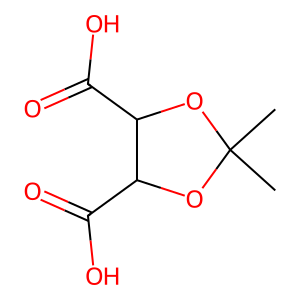
SMILES: CC1(C)OC(C(=O)O)C(C(=O)O)O1
Inhibits HIV replication: No